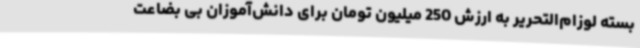
بسته لوزام‌التحریر به ارزش 250 میلیون تومان برای دانش‌آموزان بی بضاعت